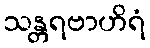
သန္တရဗာဟိရံ